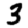
Digit: 3